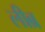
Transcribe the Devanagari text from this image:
लीब्र